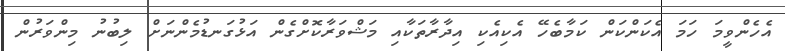
އެހެންވީމަ ހަމަ އެކަންކަން ކަމާބެހޭ އެކިއެކި އިދާރާތަކާއި މަޝްވަރާކޮށްގެން އަޅުގަނޑުމެންނަށް ލިބުނު މިންވަރުން